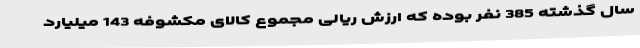
سال گذشته 385 نفر بوده که ارزش ریالی مجموع کالای مکشوفه 143 میلیارد